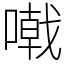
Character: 𠽤